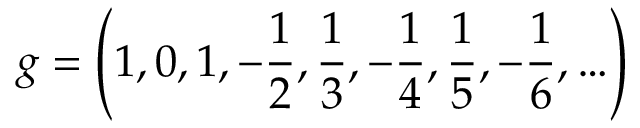
g = \left( 1 , 0 , 1 , - { \frac { 1 } { 2 } } , { \frac { 1 } { 3 } } , - { \frac { 1 } { 4 } } , { \frac { 1 } { 5 } } , - { \frac { 1 } { 6 } } , \ldots \right)